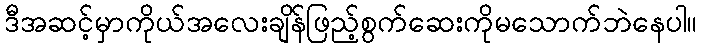
ဒီအဆင့်မှာကိုယ်အလေးချိန်ဖြည့်စွက်ဆေးကိုမသောက်ဘဲနေပါ။